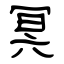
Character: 冥